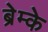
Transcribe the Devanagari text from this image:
ब्रेम्के